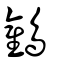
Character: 鸛